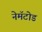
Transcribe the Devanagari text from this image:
नेमॅटोड